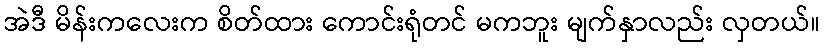
အဲဒီ မိန်းကလေးက စိတ်ထား ကောင်းရုံတင် မကဘူး မျက်နှာလည်း လှတယ်။